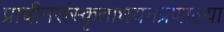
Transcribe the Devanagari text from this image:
प्राचीनसंस्कृताधयनप्रणाल्या